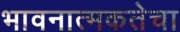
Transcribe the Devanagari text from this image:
भावनात्मकतेचा